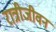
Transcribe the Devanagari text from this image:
रात्रीजीवन